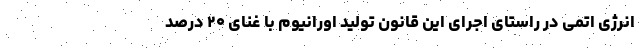
انرژی اتمی در راستای اجرای این قانون تولید اورانیوم با غنای ۲۰ درصد